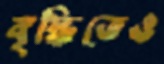
বৃদ্ধিতেও